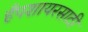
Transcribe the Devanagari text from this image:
हँपशायरसाठी